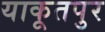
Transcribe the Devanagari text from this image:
याकूतपुर